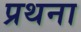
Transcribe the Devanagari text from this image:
प्रथना